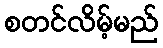
စတင်လိမ့်မည်